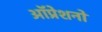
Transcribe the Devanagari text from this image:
ऑप्रेशनों